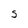
Character: S